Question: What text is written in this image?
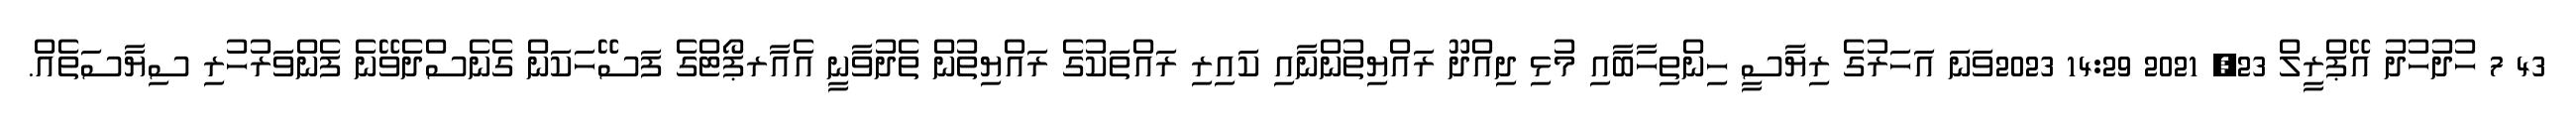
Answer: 43 7 ހުދުހުދު އޭޕްރީލް 23, 2021 14:29 2023ވަނަ އަހަރުގެ ރިޔާސީ ހިންތިހާބާއި މުޅި ދިއްދޫ ރައްޔިތުންނާއި ކައިރި ރައްތަކުގެ ރައްޔިތުން ތެދުވާނީ އެއާރޕޯޓްގެ ފަސޭހަކަން ގެނެސްދެވޭނެ ފެންވަރުހުރި ސިޔާސަތެއް.